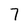
Character: 7